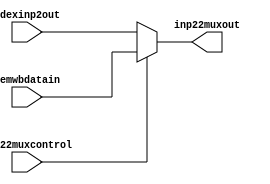
`timescale 1ns / 1ps
//////////////////////////////////////////////////////////////////////////////////
// Company: 
// Engineer: 
// 
// Design Name: 
// Module Name:    inp22mux 
// Project Name: 
// Target Devices: 
// Tool versions: 
// Description: 
//
// Dependencies: 
//
// Revision: 
// Revision 0.01 - File Created
// Additional Comments: 
//
//////////////////////////////////////////////////////////////////////////////////
module inp22mux(inp22muxcontrol,memwbdatain,idexinp2out,inp22muxout
    );
input wire inp22muxcontrol;
input wire [31:0] memwbdatain;
input wire [31:0] idexinp2out;
output reg [31:0] inp22muxout;

always@(*)begin
if(inp22muxcontrol==1)
inp22muxout<=memwbdatain;
else
inp22muxout<=idexinp2out;
end

endmodule